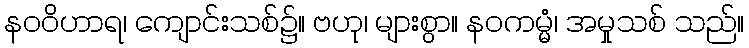
နဝဝိဟာရ၊ ကျောင်းသစ်၌။ ဗဟု၊ များစွာ။ နဝကမ္မံ၊ အမှုသစ် သည်။